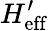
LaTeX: H_{\mathrm{eff}}^{\prime}